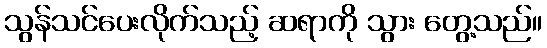
သွန်သင်ပေးလိုက်သည့် ဆရာကို သွား တွေ့သည်။